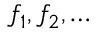
f _ { 1 } , f _ { 2 } , \ldots